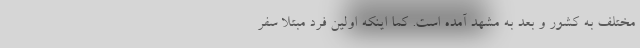
مختلف به کشور و بعد به مشهد آمده است. کما اینکه اولین فرد مبتلا سفر